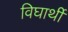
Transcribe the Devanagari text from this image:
विघार्थी